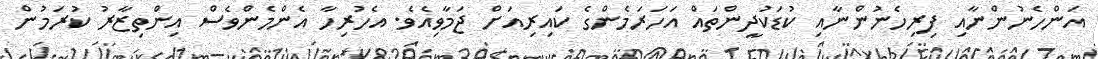
އަންހެނުންނާއި ފިރިހެނުންނާއި ކުޑަކުދީންތައް އަހަރަމެންގެ ކައިރިއަށް ޖަމާވިއެވެ. އެހުރިހާ އެންމެންވެސް އިންތިޒާރު ކުރަމުން